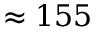
\approx 1 5 5